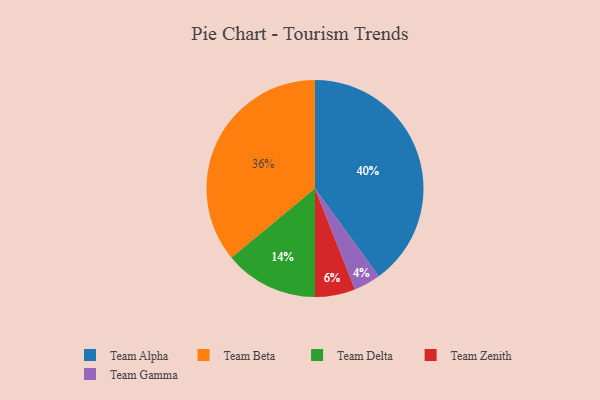
{"axis": {"x": "Category", "y": "Percentage"}, "legend": ["Team Alpha", "Team Beta", "Team Delta", "Team Gamma", "Team Zenith"], "data": [{"x": "Team Delta", "y": 14, "type": "Team Delta"}, {"x": "Team Beta", "y": 36, "type": "Team Beta"}, {"x": "Team Gamma", "y": 4, "type": "Team Gamma"}, {"x": "Team Zenith", "y": 6, "type": "Team Zenith"}, {"x": "Team Alpha", "y": 40, "type": "Team Alpha"}]}